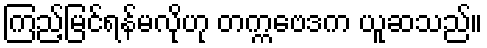
ကြည့်မြင်ရန်မလိုဟု တက္ကဗေဒက ယူဆသည်။